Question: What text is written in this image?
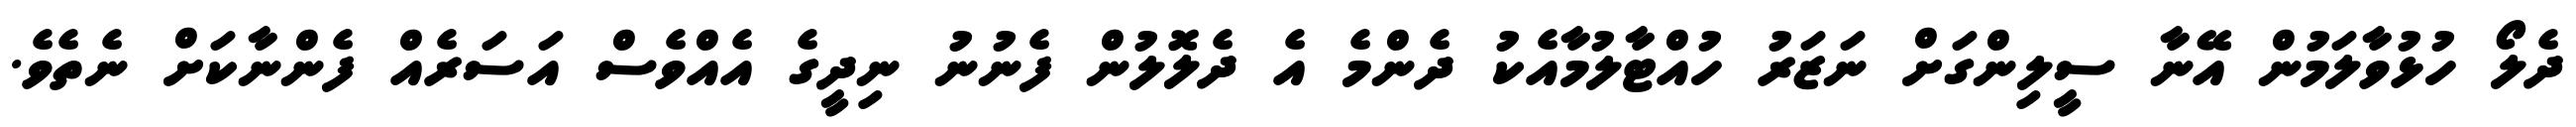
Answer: ދެލޯ ހުޅުވާލަމުން އޭނާ ސީލިންގަށް ނަޒަރު ހުއްޓާލުމާއެކު ދެންމެ އެ ދެލޮލުން ފެނުނު ނިދީގެ އެއްވެސް އަސަރެއް ފެންނާކަށް ނެތެވެ.